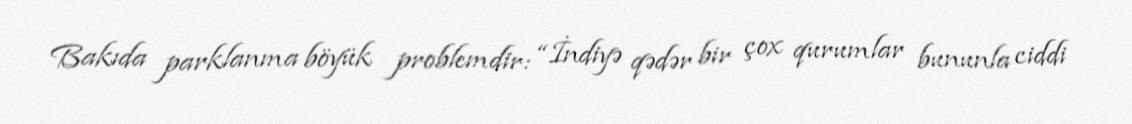
Bakıda parklanma böyük problemdir: “İndiyə qədər bir çox qurumlar bununla ciddi